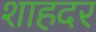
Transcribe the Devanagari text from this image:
शाहदर